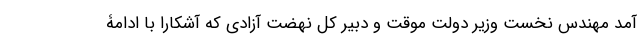
آمد مهندس نخست وزیر دولت موقت و دبیر کل نهضت آزادی که آشکارا با ادامۀ